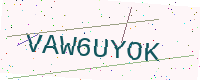
Text: VAW6UYOK